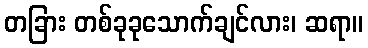
တခြား တစ်ခုခုသောက်ချင်လား၊ ဆရာ။